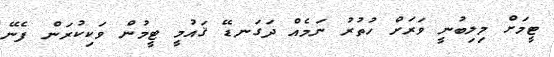
ޓީމަށް މިލިބުނީ ވަރަށް ހުތުރު ނަމެއް ދަގަނޑޭ ޤައުމީ ޓީމުން ވަކިކުރަން ފެނޭ